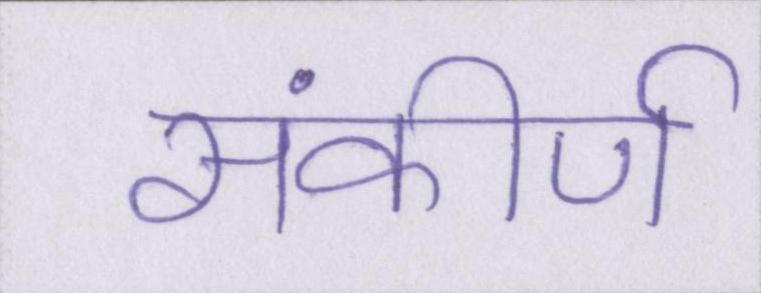
संकीर्ण